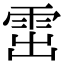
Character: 𩂗